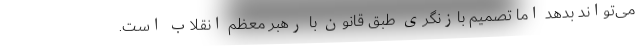
می‌تواند بدهد اما تصمیم بازنگری طبق قانون با رهبر معظم انقلاب است.